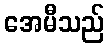
အေမီသည်